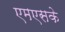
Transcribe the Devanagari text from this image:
एमएसके